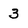
Character: 3